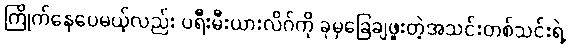
ကြိုက်နေပေမယ့်လည်း ပရီးမီးယားလိဂ်ကို ခုမှခြေချဖူးတဲ့အသင်းတစ်သင်းရဲ့